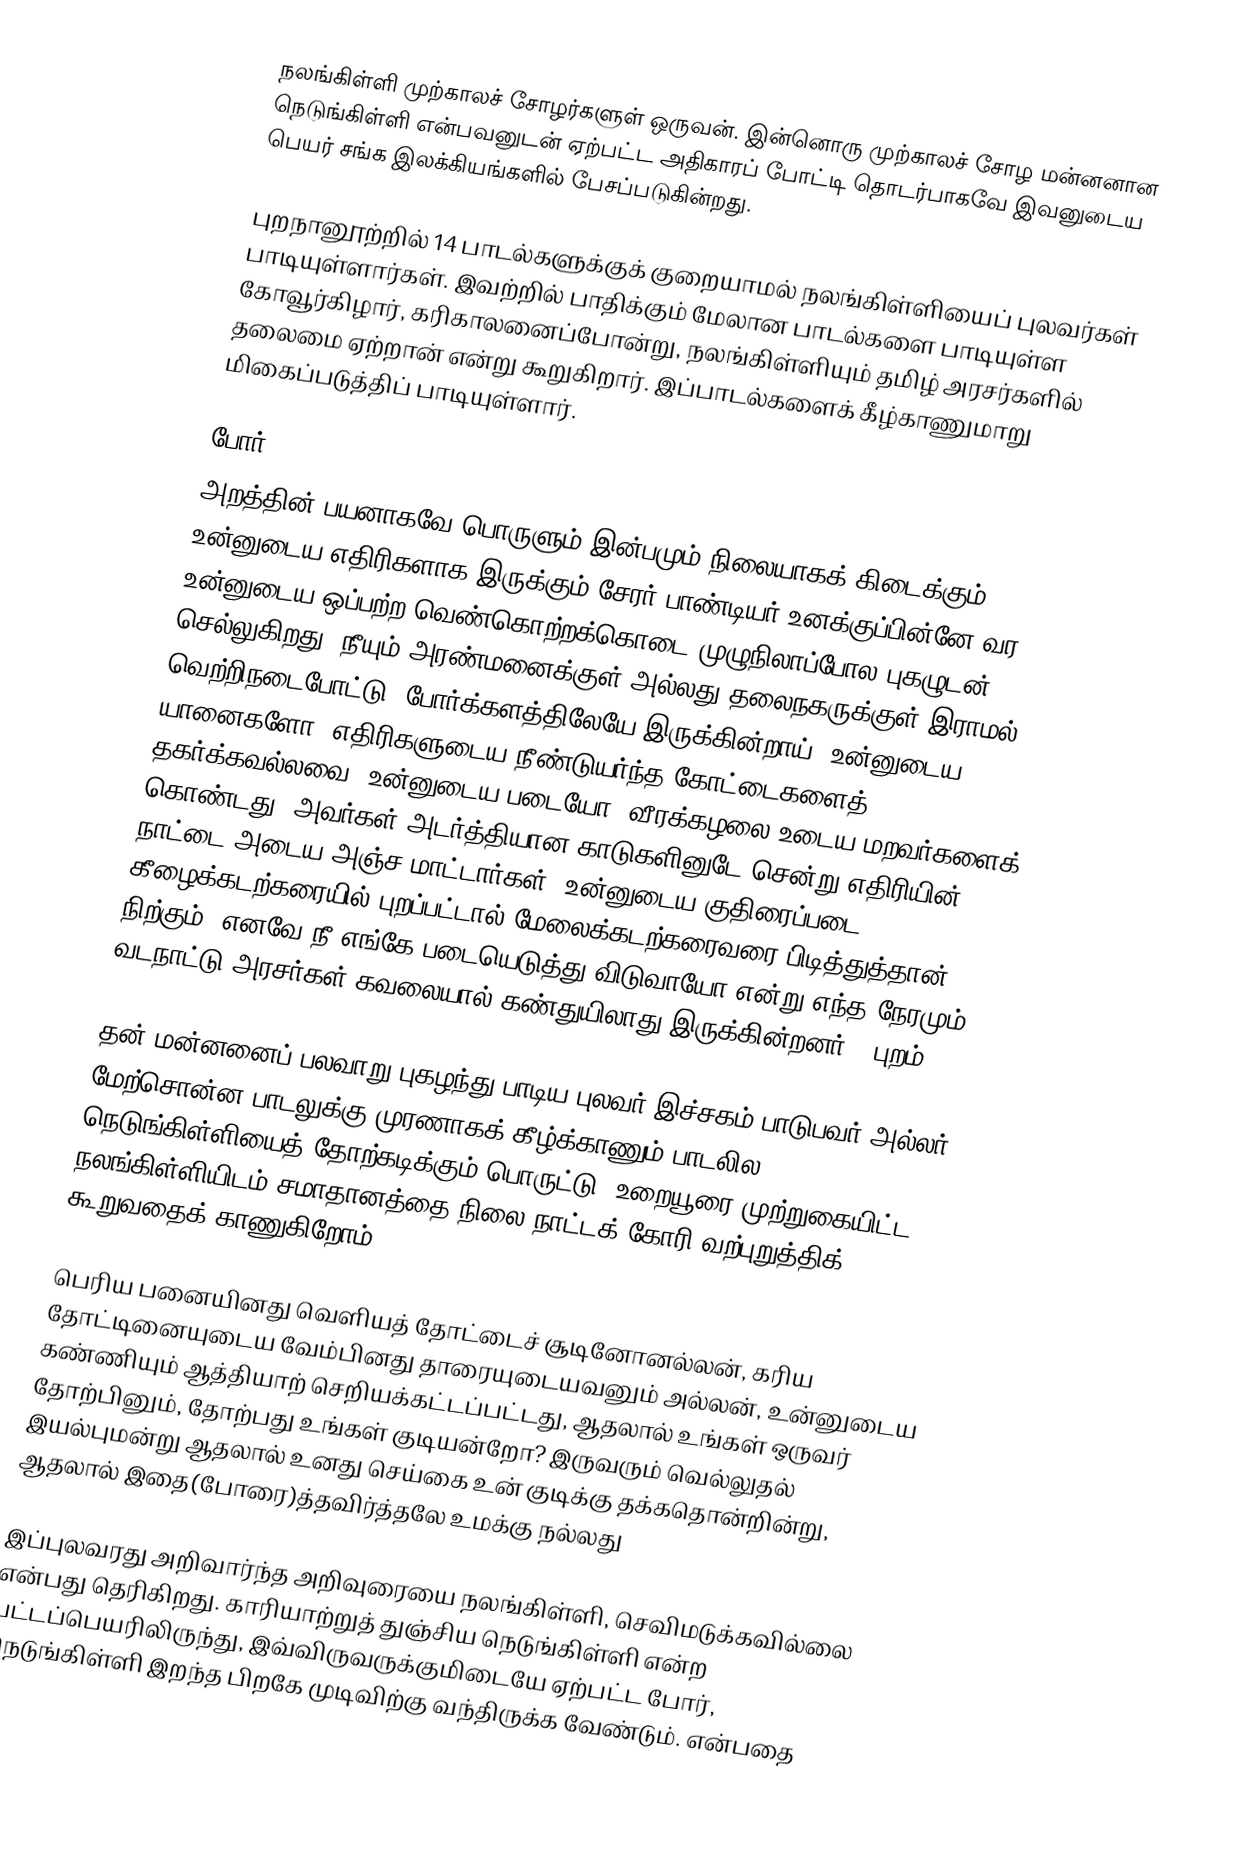
நலங்கிள்ளி முற்காலச் சோழர்களுள் ஒருவன். இன்னொரு முற்காலச் சோழ மன்னனான நெடுங்கிள்ளி என்பவனுடன் ஏற்பட்ட அதிகாரப் போட்டி தொடர்பாகவே இவனுடைய பெயர் சங்க இலக்கியங்களில் பேசப்படுகின்றது.

புறநானூற்றில் 14 பாடல்களுக்குக் குறையாமல் நலங்கிள்ளியைப் புலவர்கள் பாடியுள்ளார்கள். இவற்றில் பாதிக்கும் மேலான பாடல்களை பாடியுள்ள கோவூர்கிழார், கரிகாலனைப்போன்று, நலங்கிள்ளியும் தமிழ் அரசர்களில் தலைமை ஏற்றான் என்று கூறுகிறார். இப்பாடல்களைக் கீழ்காணுமாறு மிகைப்படுத்திப் பாடியுள்ளார்.

போர்
அறத்தின் பயனாகவே பொருளும் இன்பமும் நிலையாகக் கிடைக்கும் உன்னுடைய எதிரிகளாக இருக்கும் சேரர் பாண்டியர் உனக்குப்பின்னே வர உன்னுடைய ஒப்பற்ற வெண்கொற்றக்கொடை முழுநிலாப்போல புகழுடன் செல்லுகிறது. நீயும் அரண்மனைக்குள் அல்லது தலைநகருக்குள் இராமல் வெற்றிநடைபோட்டு, போர்க்களத்திலேயே இருக்கின்றாய். உன்னுடைய யானைகளோ, எதிரிகளுடைய நீண்டுயர்ந்த கோட்டைகளைத் தகர்க்கவல்லவை, உன்னுடைய படையோ, வீரக்கழலை உடைய மறவர்களைக் கொண்டது. அவர்கள் அடர்த்தியான காடுகளினுடே சென்று எதிரியின் நாட்டை அடைய அஞ்ச மாட்டார்கள். உன்னுடைய குதிரைப்படை, கீழைக்கடற்கரையில் புறப்பட்டால் மேலைக்கடற்கரைவரை பிடித்துத்தான் நிற்கும். எனவே நீ எங்கே படையெடுத்து விடுவாயோ என்று எந்த நேரமும் வடநாட்டு அரசர்கள் கவலையால் கண்துயிலாது இருக்கின்றனர். (புறம்.)

தன் மன்னனைப் பலவாறு புகழந்து பாடிய புலவர் இச்சகம் பாடுபவர் அல்லர். மேற்சொன்ன பாடலுக்கு முரணாகக் கீழ்க்காணும் பாடலில, நெடுங்கிள்ளியைத் தோற்கடிக்கும் பொருட்டு, உறையூரை முற்றுகையிட்ட நலங்கிள்ளியிடம் சமாதானத்தை நிலை நாட்டக் கோரி வற்புறுத்திக் கூறுவதைக் காணுகிறோம்.

பெரிய பனையினது வெளியத் தோட்டைச் சூடினோனல்லன், கரிய தோட்டினையுடைய வேம்பினது தாரையுடையவனும் அல்லன், உன்னுடைய கண்ணியும் ஆத்தியாற் செறியக்கட்டப்பட்டது, ஆதலால் உங்கள் ஒருவர் தோற்பினும், தோற்பது உங்கள் குடியன்றோ? இருவரும் வெல்லுதல் இயல்புமன்று ஆதலால் உனது செய்கை உன் குடிக்கு தக்கதொன்றின்று, ஆதலால் இதை(போரை)த்தவிர்த்தலே உமக்கு நல்லது

இப்புலவரது அறிவார்ந்த அறிவுரையை நலங்கிள்ளி, செவிமடுக்கவில்லை என்பது தெரிகிறது. காரியாற்றுத் துஞ்சிய நெடுங்கிள்ளி என்ற பட்டப்பெயரிலிருந்து, இவ்விருவருக்குமிடையே ஏற்பட்ட போர், நெடுங்கிள்ளி இறந்த பிறகே முடிவிற்கு வந்திருக்க வேண்டும். என்பதை